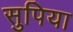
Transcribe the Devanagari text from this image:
सुपिया